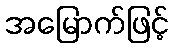
အမြောက်ဖြင့်